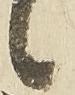
候